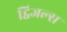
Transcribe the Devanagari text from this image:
ट्विजल्स